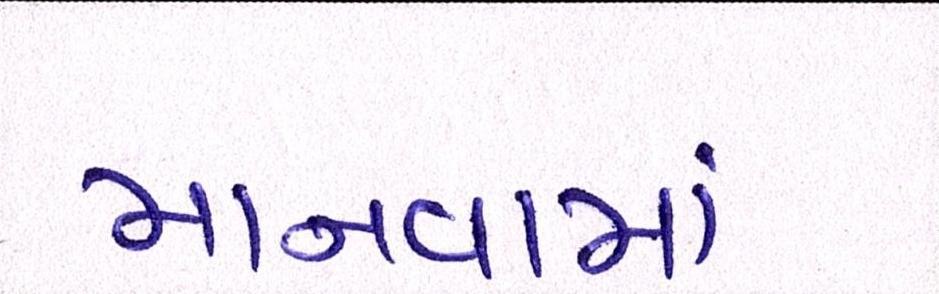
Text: માનવામાં